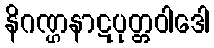
နိဂဏ္ဌနာဋပုတ္တဝါဒေါ